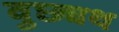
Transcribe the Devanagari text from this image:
वुछ्यथ